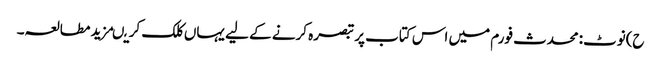
ح)نوٹ:محدث فورم میں اس کتاب پر تبصرہ کرنے کے لیے یہاں کلک کریںمزید مطالعہ۔